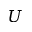
U